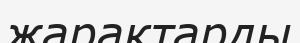
жарактарды